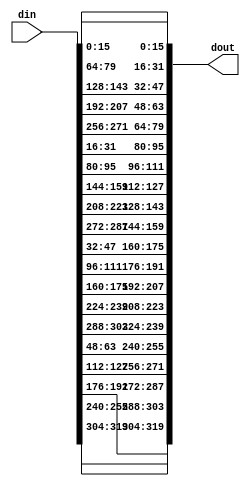
// (C) 2001-2016 Altera Corporation. All rights reserved.
// Your use of Altera Corporation's design tools, logic functions and other 
// software and tools, and its AMPP partner logic functions, and any output 
// files any of the foregoing (including device programming or simulation 
// files), and any associated documentation or information are expressly subject 
// to the terms and conditions of the Altera Program License Subscription 
// Agreement, Altera MegaCore Function License Agreement, or other applicable 
// license agreement, including, without limitation, that your use is for the 
// sole purpose of programming logic devices manufactured by Altera and sold by 
// Altera or its authorized distributors.  Please refer to the applicable 
// agreement for further details.


// $Id: //acds/prototype/alt_eth_ultra/ultra_16.0_intel_mcp/ip/ethernet/alt_eth_ultra/hsl18/clos_20_perm.v#1 $
// $Revision: #1 $
// $Date: 2016/07/07 $
// $Author: yhu $
//-----------------------------------------------------------------------------
`timescale 1 ps / 1 ps
// Copyright 2012 Altera Corporation. All rights reserved.  
// Altera products are protected under numerous U.S. and foreign patents, 
// maskwork rights, copyrights and other intellectual property laws.  
//
// This reference design file, and your use thereof, is subject to and governed
// by the terms and conditions of the applicable Altera Reference Design 
// License Agreement (either as signed by you or found at www.altera.com).  By
// using this reference design file, you indicate your acceptance of such terms
// and conditions between you and Altera Corporation.  In the event that you do
// not agree with such terms and conditions, you may not use the reference 
// design file and please promptly destroy any copies you have made.
//
// This reference design file is being provided on an "as-is" basis and as an 
// accommodation and therefore all warranties, representations or guarantees of 
// any kind (whether express, implied or statutory) including, without 
// limitation, warranties of merchantability, non-infringement, or fitness for
// a particular purpose, are specifically disclaimed.  By making this reference
// design file available, Altera expressly does not recommend, suggest or 
// require that this reference design file be used in combination with any 
// other product not provided by Altera.
/////////////////////////////////////////////////////////////////////////////

// baeckler - 08-26-2012


// to cut down pins for testing -
// set_instance_assignment -name VIRTUAL_PIN ON -to din
// set_instance_assignment -name VIRTUAL_PIN ON -to dout

module clos_20_perm #(
	parameter WIDTH = 320
)(
	input [WIDTH-1:0] din,
	output [WIDTH-1:0] dout	
);

localparam WORD_WIDTH = WIDTH / 20;

wire [WORD_WIDTH-1:0] w0,w1,w2,w3, w4,w5,w6,w7, w8,w9,wa,wb, wc,wd,we,wf, wg,wh,wi,wj;
assign {w0,w1,w2,w3, w4,w5,w6,w7, w8,w9,wa,wb, wc,wd,we,wf, wg,wh,wi,wj} = din;


assign dout =
	{w0,w4,w8,wc,wg, w1,w5,w9,wd,wh, w2,w6,wa,we,wi, w3,w7,wb,wf,wj};


endmodule


// BENCHMARK INFO :  5SGXEA7N2F45C2ES
// BENCHMARK INFO :  Max depth :  0.0 LUTs
// BENCHMARK INFO :  Combinational ALUTs : 0
// BENCHMARK INFO :  Memory ALUTs : 0
// BENCHMARK INFO :  Dedicated logic registers : 0
// BENCHMARK INFO :  Total block memory bits : 0